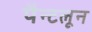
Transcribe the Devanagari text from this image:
पैन्टलून